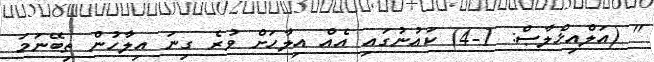
'' (އަލްއިޚްލާޞް: 1-4) ކައުނުގައި އެއް އިލާހަށް ވުރެ ގިނަ އިލާހުން ތިބޭނަމަ